Indian journal of veterinary science and animal husbandry - Volumes 28-29, 1958-1959
Year: 1958
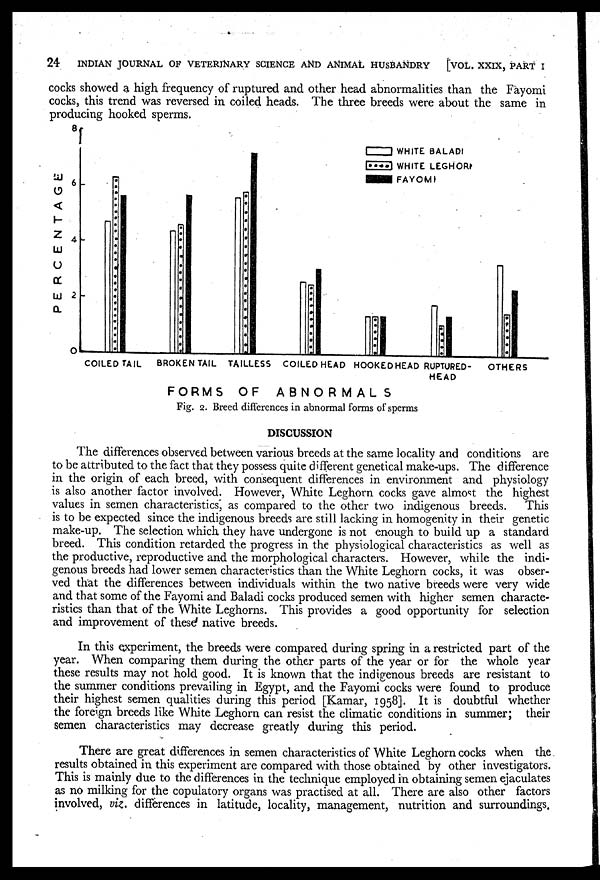
24
INDIAN JOURNAL OF VETERINARY SCIENCE AND ANIMAL HUSBANDRY
[VOL. XXIX, PART I
cocks showed a high frequency of ruptured and other head abnormalities than the Fayomi
cocks, this trend was reversed in coiled heads. The three breeds were about the same in
producing hooked sperms.
Fig. 2. Breed differences in abnormal forms of sperms
DISCUSSION
The differences observed between various breeds at the same locality and conditions are
to be attributed to the fact that they possess quite different genetical make-ups. The difference
in the origin of each breed, with consequent differences in environment and physiology
is also another factor involved. However, White Leghorn cocks gave almost the highest
values in semen characteristics, as compared to the other two indigenous breeds.
This
is to be expected since the indigenous breeds are still lacking in homogenity in their genetic
make-up. The selection which they have undergone is not enough to build up a standard
breed. This condition retarded the progress in the physiological characteristics as well as
the productive, reproductive and the morphological characters. However, while the indi-
genous breeds had lower semen characteristics than the White Leghorn cocks, it was obser-
ved that the differences between individuals within the two native breeds were very wide
and that some of the Fayomi and Baladi cocks produced semen with higher semen characte-
ristics than that of the White Leghorns. This provides a good opportunity for selection
and improvement of these native breeds.
In this experiment, the breeds were compared during spring in a restricted part of the
year. When comparing them during the other parts of the year or for the whole year
these results may not hold good. It is known that the indigenous breeds are resistant to
the summer conditions prevailing in Egypt, and the Fayomi cocks were found to produce
their highest semen qualities during this period [Kamar, 1958]. It is doubtful whether
the foreign breeds like White Leghorn can resist the climatic conditions in summer; their
semen characteristics may decrease greatly during this period.
There are great differences in semen characteristics of White Leghorn cocks when the
results obtained in this experiment are compared with those obtained by other investigators.
This is mainly due to the differences in the technique employed in obtaining semen ejaculates
as no milking for the copulatory organs was practised at all. There are also other factors
involved, viz. differences in latitude, locality, management, nutrition and surroundings.